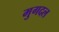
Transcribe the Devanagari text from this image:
मुगदल